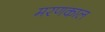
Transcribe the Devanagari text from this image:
मरणकाल